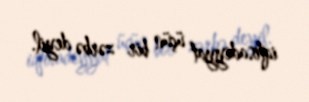
iqtisadiyyat üçün bir zərbə deyil.